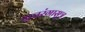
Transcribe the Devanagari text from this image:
अचरंगासुत्र